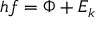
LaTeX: h f = \Phi + E _ { k }